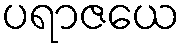
ပရာဇယေ